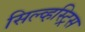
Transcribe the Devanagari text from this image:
सिल्व्हस्ट्रिस